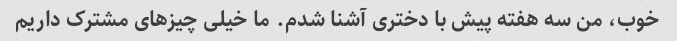
خوب، من سه هفته پیش با دختری آشنا شدم. ما خیلی چیزهای مشترک داریم